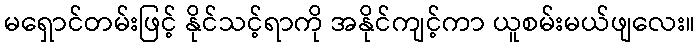
မရှောင်တမ်းဖြင့် နိုင်သင့်ရာကို အနိုင်ကျင့်ကာ ယူစမ်းမယ်ဖျလေး။